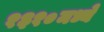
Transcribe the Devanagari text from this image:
१३१०मध्ये